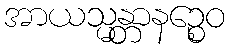
အာယသ္မန္တာနဉ္စေဝ